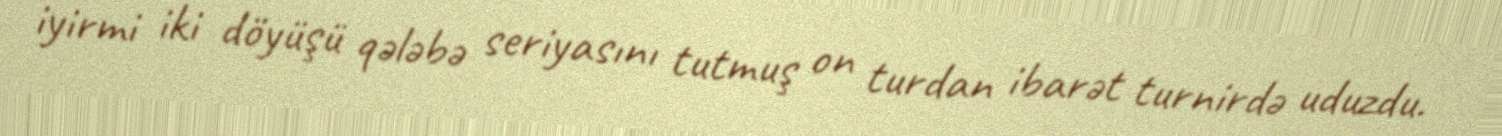
iyirmi iki döyüşü qələbə seriyasını tutmuş on turdan ibarət turnirdə uduzdu.